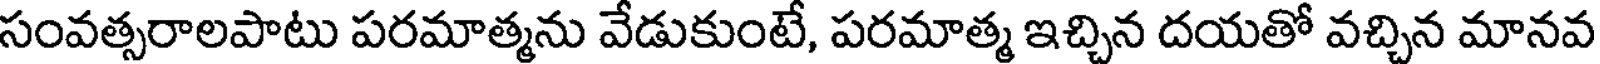
సంవత్సరాలపాటు పరమాత్మను వేడుకుంటే, పరమాత్మ ఇచ్చిన దయతో వచ్చిన మానవ